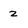
Character: 2